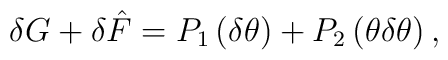
\delta G+\delta \hat{F}=P_{1}\left( \delta \theta \right) 	+P_{2}\left( \theta \delta \theta \right) ,